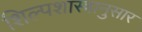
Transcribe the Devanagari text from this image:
शिल्पशास्त्रानुसार